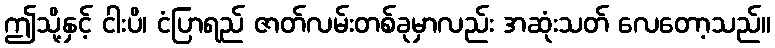
ဤသို့နှင့် ငါးပိ၊ ငံပြာရည် ဇာတ်လမ်းတစ်ခုမှာလည်း အဆုံးသတ် လေတော့သည်။